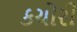
કચોરી